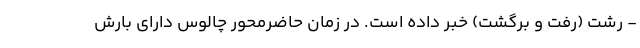
- رشت (رفت و برگشت) خبر داده است. در زمان حاضرمحور چالوس دارای بارش